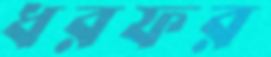
ধরফর